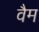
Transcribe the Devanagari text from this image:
वैम